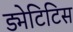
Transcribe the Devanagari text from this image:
ड्मेटिटिस